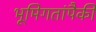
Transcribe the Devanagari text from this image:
भूमिगतांपैकी